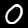
Label: 0